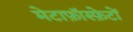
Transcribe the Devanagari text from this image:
मेटाफ़ॉस्फ़ेटों